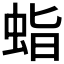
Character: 𧊙